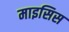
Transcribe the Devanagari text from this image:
माइसिस